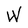
Character: W